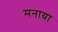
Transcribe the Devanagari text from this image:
मनाय़ा